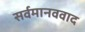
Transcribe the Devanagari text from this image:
सर्वमानववाद